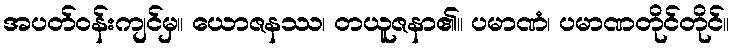
အပတ်ဝန်းကျင်မှ။ ယောဇနဿ၊ တယူဇနာ၏။ ပမာဏံ၊ ပမာဏတိုင်တိုင်။